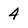
Character: 4